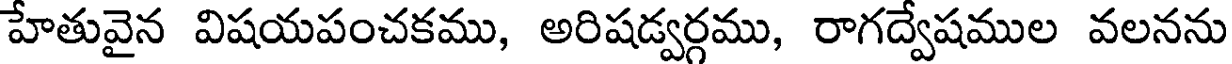
హేతువైన విషయపంచకము, అరిషడ్వర్గము, రాగద్వేషముల వలనను